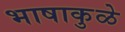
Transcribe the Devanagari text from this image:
भाषाकुळे